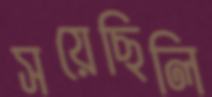
সয়েছিলি